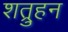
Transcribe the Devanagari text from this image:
शत्रुहन